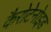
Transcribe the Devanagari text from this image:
कैरोटेनोइड